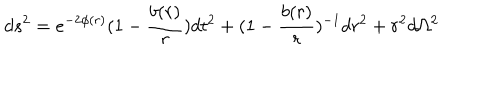
LaTeX: d s ^ { 2 } = e ^ { - 2 \phi ( r ) } ( 1 - \frac { b ( r ) } { r } ) d t ^ { 2 } + ( 1 - \frac { b ( r ) } { r } ) ^ { - 1 } d r ^ { 2 } + r ^ { 2 } d \Omega ^ { 2 }